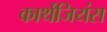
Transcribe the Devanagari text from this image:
कार्थेजियंस